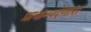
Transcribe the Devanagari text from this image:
प्राधान्यदेणारा